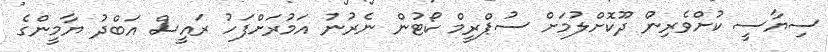
ސިޔާސީ ކުށްވެރިން ދޫކޮށްލުމަށް ސުޕްރީމް ކޯޓުން ނެރުނު އަމުރަށްފަހު ރައީސް އަބްދު ޔާމީންގެ